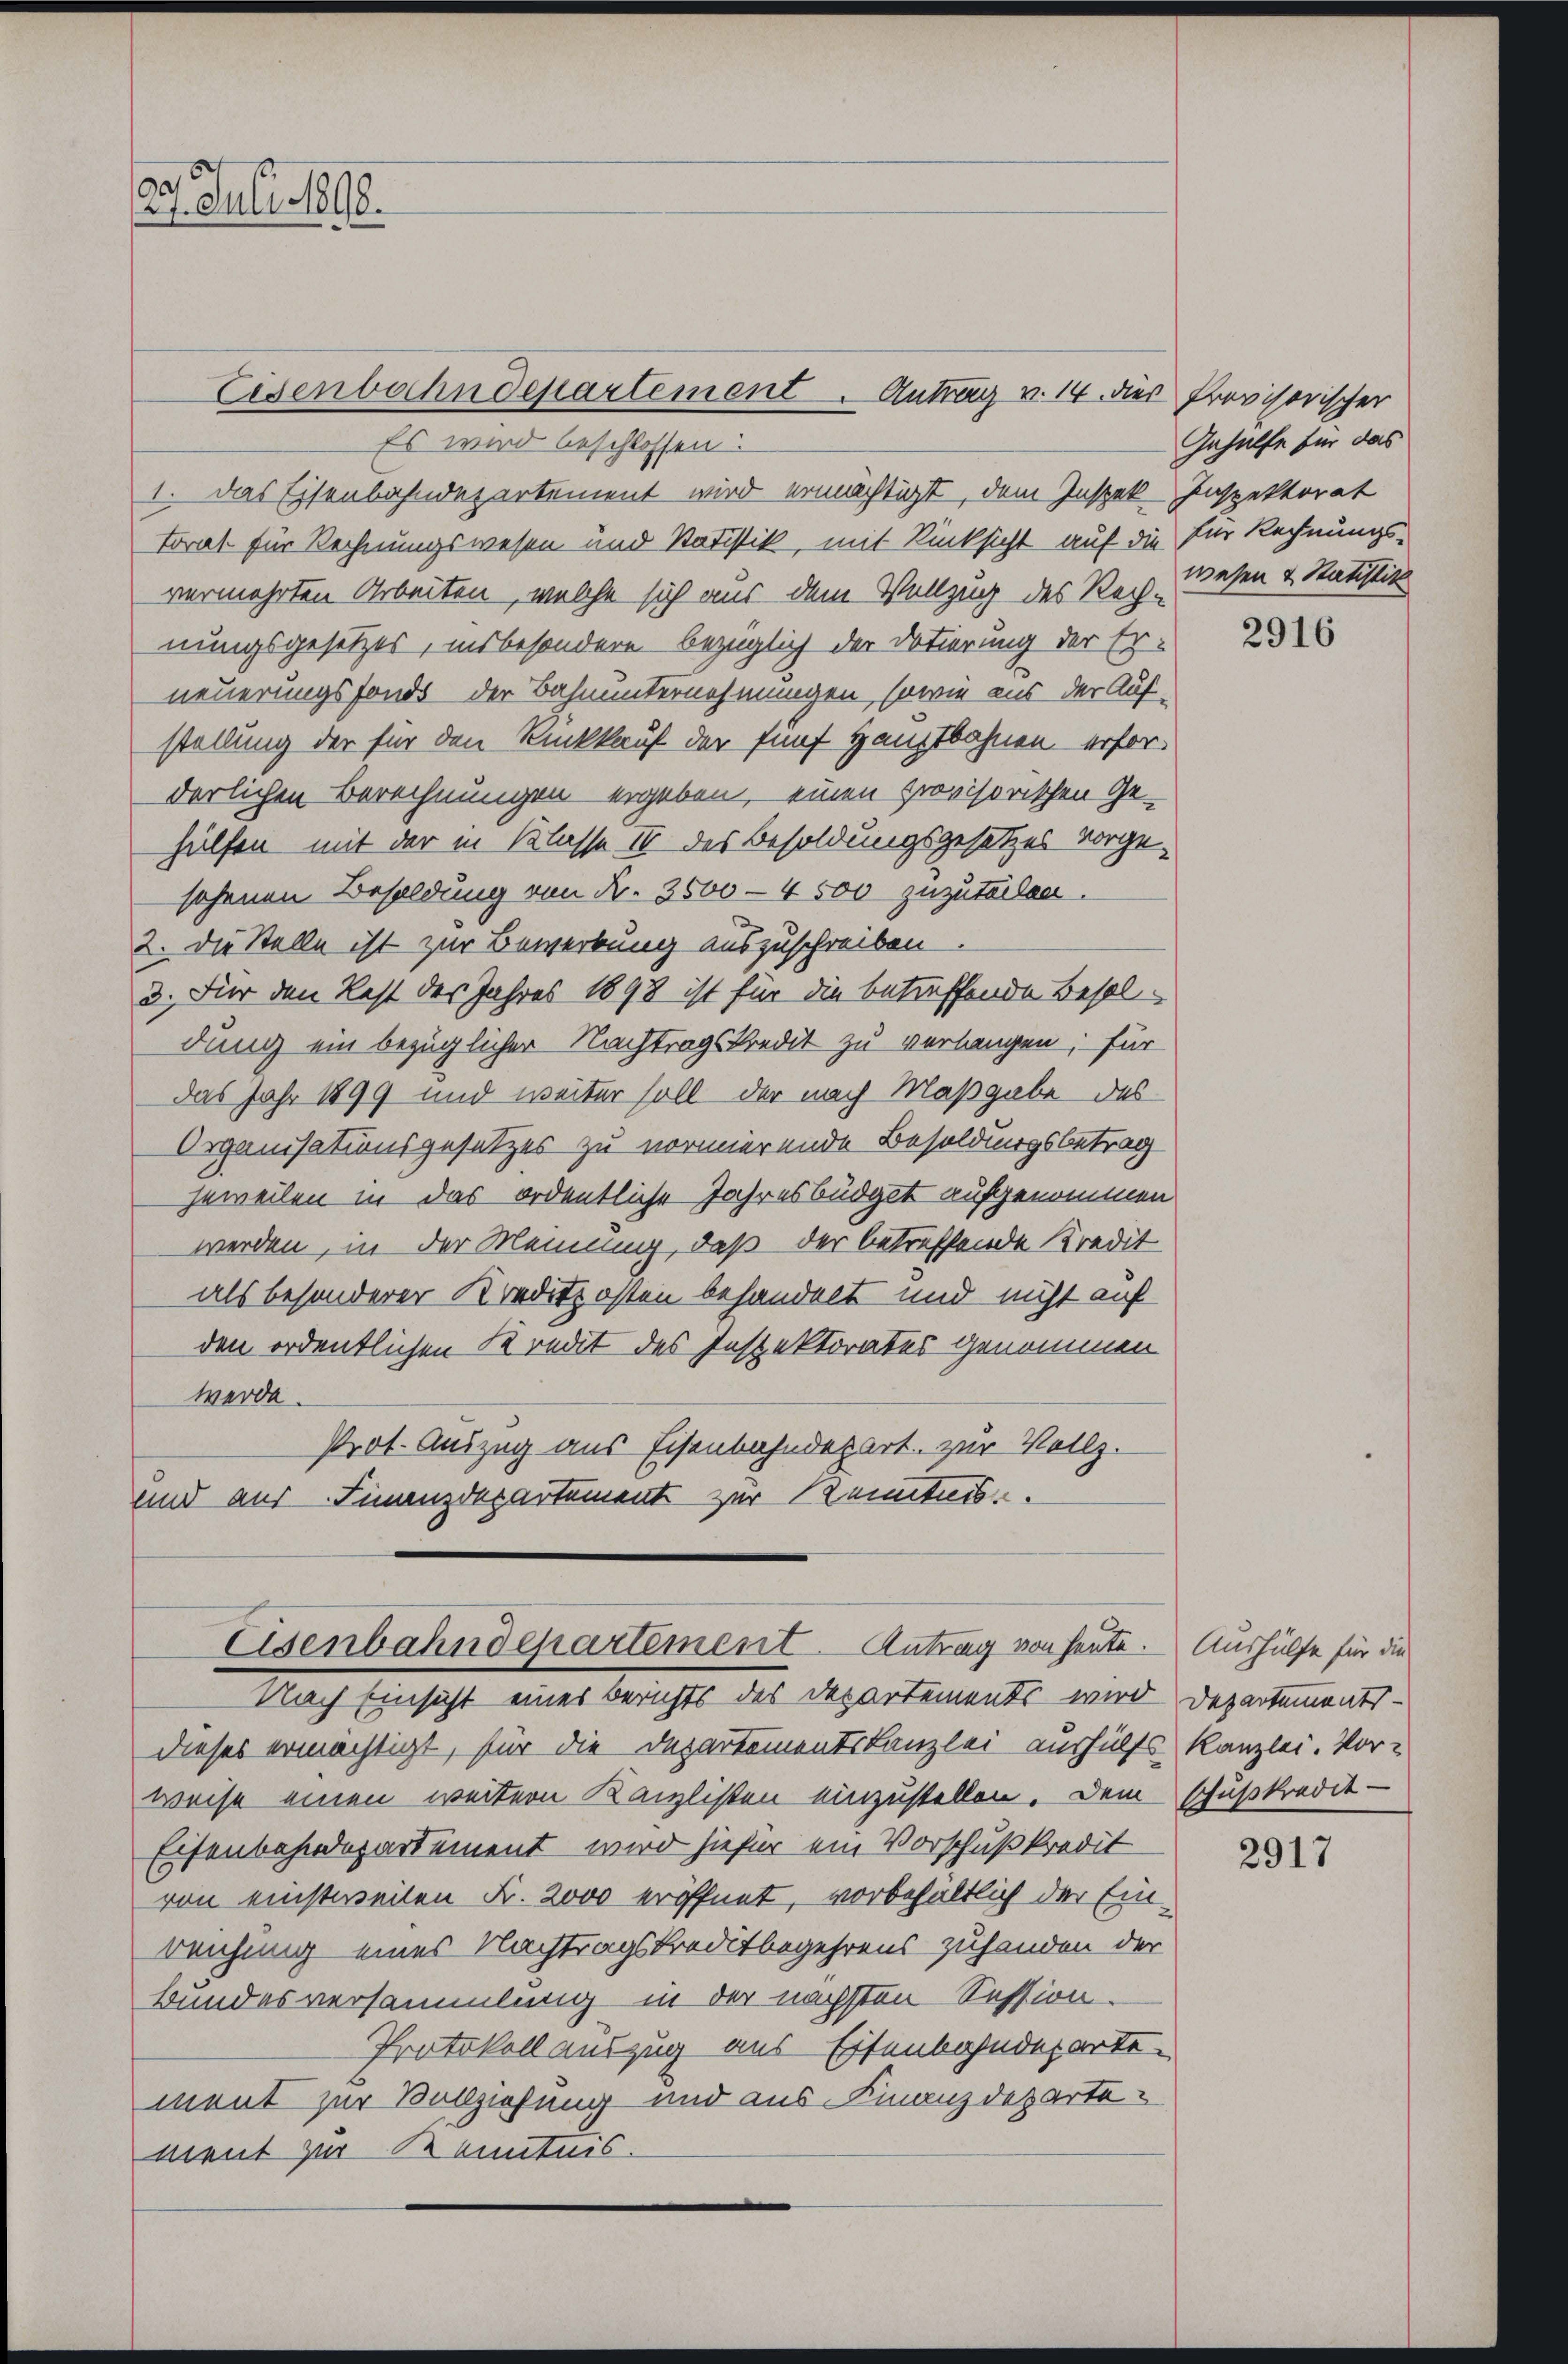
27. Juli 1888.

Eisenbahndepartement. Antrag v. 14. dies Provisorischer

Es wird beschlossen:
1. Das Eisenbahndepartement wird ermächtigt, dem Inspek-Inspektorat
Torat für Rechnungswesen und Stadistik, mit Rücksicht auf die für Rechnungsvermehrten Arbeiten, welche sich aus dem Vollzug des Rechnungsgesetzes, insbesondere bezüglich der Dotierung der Er-
neuerungsfonds der Bahnunternehmungen, sowie aus der Auf-
stellung der für den Rückkauf der fünf Hauptbahnen erforderlichen Berechnungen ergeben, einen provisorischen Ge-
hülfen mit der in Klasse IV des Besoldungsgesetzes vorgesehenen Besoldung von Nr. 3600-4 500 zuzuteilen.
2. Die Stelle ist zur Bewerbung auszuschreiben
3. Für den Rest des Jahres 1898 ist für die betreffende Besoldung ein bezüglicher Nachtragskredit zu verlangen; für
das Jahr 1899 und weiter soll der nach Maßgabe des
Organisationsgesetzes zu normierende Besoldungsbetrag
jeweilen in das ordentliche Jahresbüdget aufgenommen
werden, in der Meinung, daß der betreffende Kredit
als besonderer Kreditzosten behandelt und nicht auf
den ordentlichen Kredit des Inspektorates genommen
werde.
Prot. Auszug aus Eisenbahndepart zur Vollz.
und aus Finanzdepartement zur Kenntnis.
Asenbahndepartement. Antrag von heute. Aushülfe für die
Nach Einsicht eines Berichts des Departements wird Departements-
dieses ermächtigt, für die Departementskanzlei aushülfs Kanzlei. Vor-
weise einen weitern Kanzlisten einzustellen. Dem schußkredit-
Eisenbahndepartement wird hiefür ein Vorschußkredit
von einstweilen Fr. 2000 eröffnet, vorbehaltlich der Einreichung eines Nachtragskreditbegehrens zuhanden der
Bundesversammlung in der nächsten Session
Protokoll auszug aus Eisenbahndeparte
ment zur Vollziehung und aus Finanzdepartement zur Kenntnis.

Gehülfe für das
wesen & Statistik

2916

2917